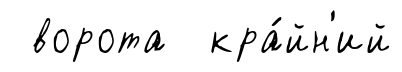
ворота кра́йн'ий